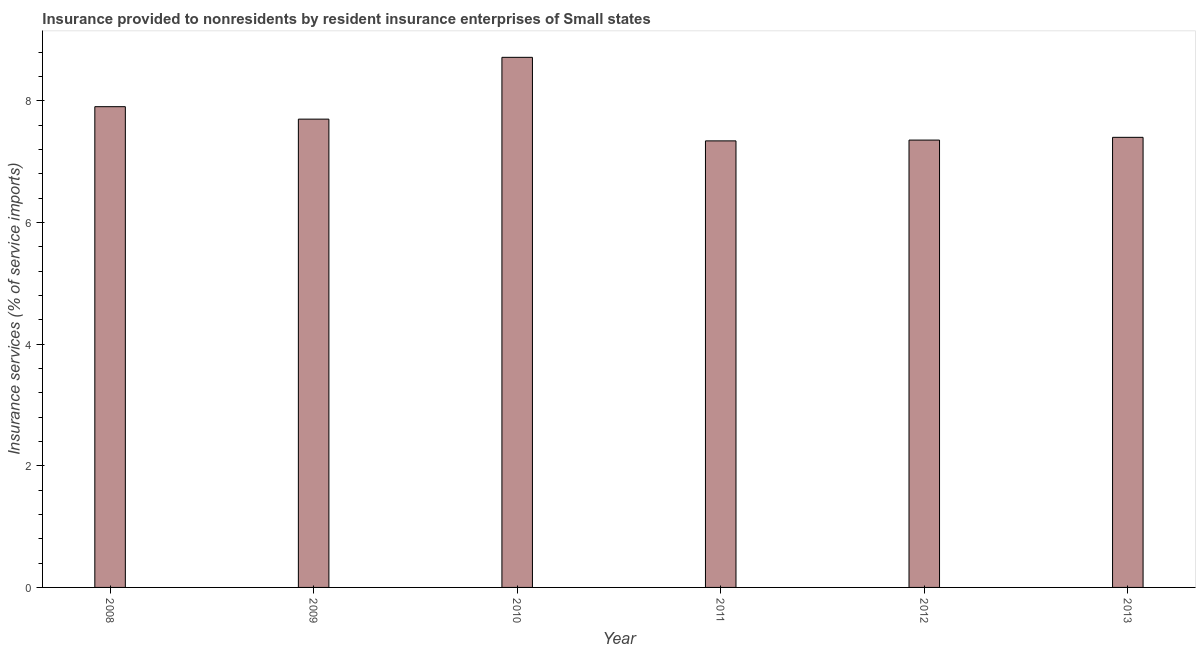
| Year | Insurance and financial services |
 | --- | --- |
 | 2008 | 7.91 |
 | 2009 | 7.7 |
 | 2010 | 8.72 |
 | 2011 | 7.34 |
 | 2012 | 7.36 |
 | 2013 | 7.4 |